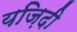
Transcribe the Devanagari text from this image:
यज़िदी